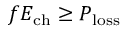
f E _ { \mathrm { { c h } } } \geq P _ { \mathrm { { l o s s } } }